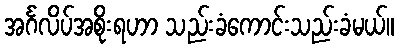
အင်္ဂလိပ်အစိုးရဟာ သည်းခံကောင်းသည်းခံမယ်။